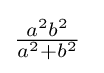
{\tfrac {a^{2}b^{2}}{a^{2}+b^{2}}}\